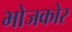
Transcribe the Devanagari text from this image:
भोजकोर